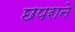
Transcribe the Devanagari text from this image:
छपराने